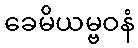
ခေမိယမ္ဗဝနံ